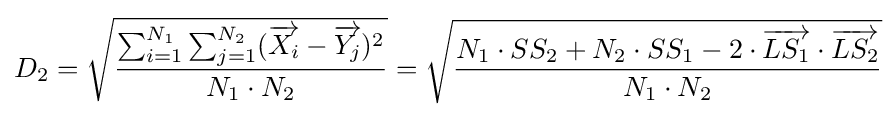
D_{2}={\sqrt {\frac {\sum _{i=1}^{N_{1}}\sum _{j=1}^{N_{2}}({\overrightarrow {X_{i}}}-{\overrightarrow {Y_{j}}})^{2}}{N_{1}\cdot N_{2}}}}={\sqrt {\frac {N_{1}\cdot SS_{2}+N_{2}\cdot SS_{1}-2\cdot {\overrightarrow {LS_{1}}}\cdot {\overrightarrow {LS_{2}}}}{N_{1}\cdot N_{2}}}}